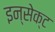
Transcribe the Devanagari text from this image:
इन्सेक्ट